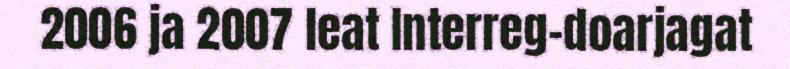
2006 ja 2007 leat Interreg-doarjagat